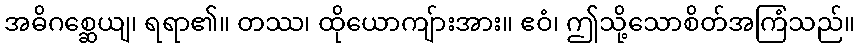
အဓိဂစ္ဆေယျ၊ ရရာ၏။ တဿ၊ ထိုယောကျ်ားအား။ ဧဝံ၊ ဤသို့သောစိတ်အကြံသည်။